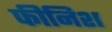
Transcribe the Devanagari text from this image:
फीनिश